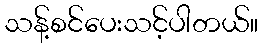
သန့်စင်ပေးသင့်ပါတယ်။